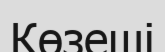
Көзеші